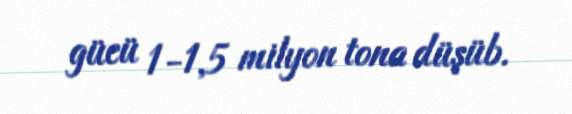
gücü 1-1,5 milyon tona düşüb.